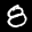
Label: 8